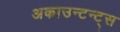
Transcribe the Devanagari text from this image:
अकाउन्टन्ट्स